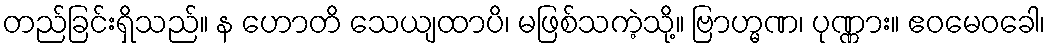
တည်ခြင်းရှိသည်။ န ဟောတိ သေယျထာပိ၊ မဖြစ်သကဲ့သို့။ ဗြာဟ္မဏ၊ ပုဏ္ဏား။ ဧဝမေဝခေါ၊